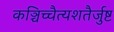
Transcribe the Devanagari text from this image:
कञ्चिच्चैत्यशतैर्जुष्ट